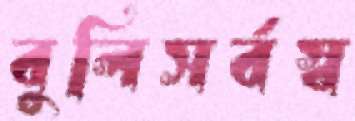
বুলিসর্বস্ব